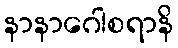
နာနာဂေါစရာနိ